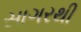
સાગરથી